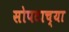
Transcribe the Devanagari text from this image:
सोपटाच्या